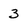
Character: 3